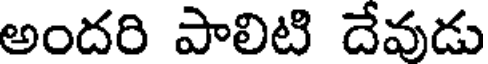
అందరి పాలిటి దేవుడు